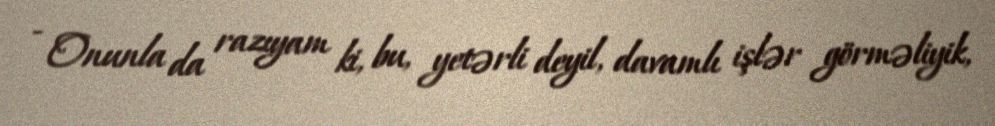
- Onunla da razıyam ki, bu, yetərli deyil, davamlı işlər görməliyik,